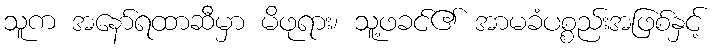
သူက အနော်ရထာဆီမှာ မိဖုရား၊ သူ့ဖခင်၏ အာမခံပစ္စည်းအဖြစ်နှင့်